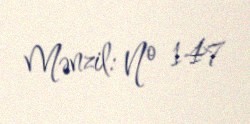
Mənzil: № 147